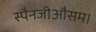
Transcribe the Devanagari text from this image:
स्पैनजीऔसम।